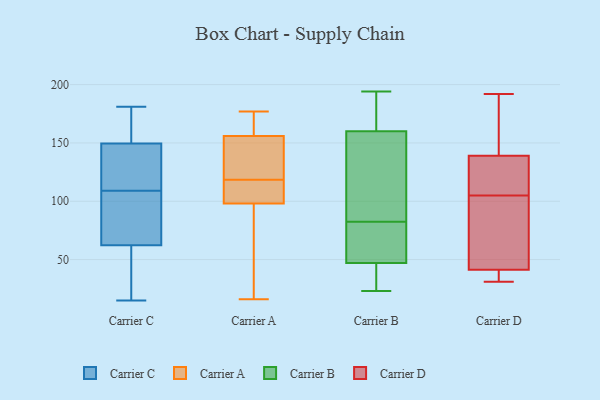
{"axis": {"x": "Waste Production (Tons)", "y": "Value"}, "legend": ["Carrier A", "Carrier B", "Carrier C", "Carrier D"], "data": [{"x": "", "y": 69, "type": "Carrier C"}, {"x": "", "y": 181, "type": "Carrier C"}, {"x": "", "y": 173, "type": "Carrier C"}, {"x": "", "y": 15, "type": "Carrier C"}, {"x": "", "y": 128, "type": "Carrier C"}, {"x": "", "y": 42, "type": "Carrier C"}, {"x": "", "y": 41, "type": "Carrier C"}, {"x": "", "y": 86, "type": "Carrier C"}, {"x": "", "y": 144, "type": "Carrier C"}, {"x": "", "y": 92, "type": "Carrier C"}, {"x": "", "y": 109, "type": "Carrier C"}, {"x": "", "y": 163, "type": "Carrier C"}, {"x": "", "y": 145, "type": "Carrier C"}, {"x": "", "y": 62, "type": "Carrier A"}, {"x": "", "y": 16, "type": "Carrier A"}, {"x": "", "y": 164, "type": "Carrier A"}, {"x": "", "y": 120, "type": "Carrier A"}, {"x": "", "y": 156, "type": "Carrier A"}, {"x": "", "y": 98, "type": "Carrier A"}, {"x": "", "y": 168, "type": "Carrier A"}, {"x": "", "y": 153, "type": "Carrier A"}, {"x": "", "y": 143, "type": "Carrier A"}, {"x": "", "y": 98, "type": "Carrier A"}, {"x": "", "y": 117, "type": "Carrier A"}, {"x": "", "y": 111, "type": "Carrier A"}, {"x": "", "y": 87, "type": "Carrier A"}, {"x": "", "y": 177, "type": "Carrier A"}, {"x": "", "y": 194, "type": "Carrier B"}, {"x": "", "y": 160, "type": "Carrier B"}, {"x": "", "y": 178, "type": "Carrier B"}, {"x": "", "y": 73, "type": "Carrier B"}, {"x": "", "y": 50, "type": "Carrier B"}, {"x": "", "y": 23, "type": "Carrier B"}, {"x": "", "y": 47, "type": "Carrier B"}, {"x": "", "y": 129, "type": "Carrier B"}, {"x": "", "y": 92, "type": "Carrier B"}, {"x": "", "y": 30, "type": "Carrier B"}, {"x": "", "y": 105, "type": "Carrier D"}, {"x": "", "y": 63, "type": "Carrier D"}, {"x": "", "y": 39, "type": "Carrier D"}, {"x": "", "y": 63, "type": "Carrier D"}, {"x": "", "y": 150, "type": "Carrier D"}, {"x": "", "y": 31, "type": "Carrier D"}, {"x": "", "y": 42, "type": "Carrier D"}, {"x": "", "y": 114, "type": "Carrier D"}, {"x": "", "y": 148, "type": "Carrier D"}, {"x": "", "y": 192, "type": "Carrier D"}, {"x": "", "y": 116, "type": "Carrier D"}, {"x": "", "y": 34, "type": "Carrier D"}, {"x": "", "y": 136, "type": "Carrier D"}]}